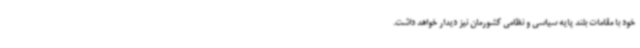
خود با مقامات بلند پایه سیاسی و نظامی کشورمان نیز دیدار خواهد داشت.